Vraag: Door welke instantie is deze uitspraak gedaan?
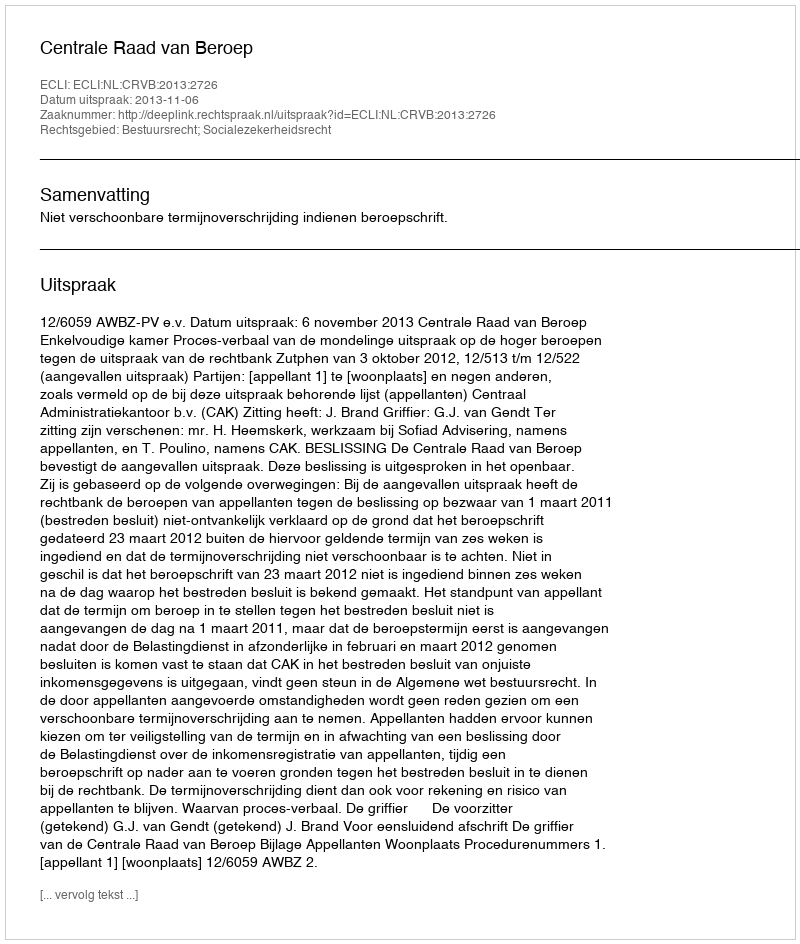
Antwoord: Centrale Raad van Beroep